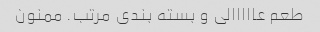
طعم عااااالی و بسته بندی مرتب. ممنون